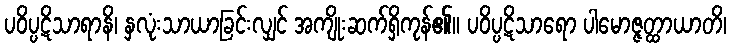
ပဝိပ္ပဋိသာရာနိ၊ နှလုံးသာယာခြင်းလျှင် အကျိုးဆက်ရှိကုန်၏။ ပဝိပ္ပဋိသာရော ပါမောဇ္ဇတ္ထာယာတိ၊